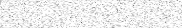
٦٥